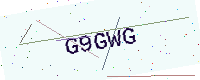
Text: G9GWG